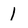
Character: 1